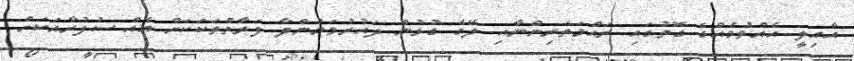
އާއިލީ އެއްވުމެއްގެ ގޮތުގައި ރަޙްމަތެރިންނާއި ލޭގެ ގުޅުން ދައުރުވަމުންދާ ފަރާތްތަކަކަށް އެއް ސުފުރާއަކަށް